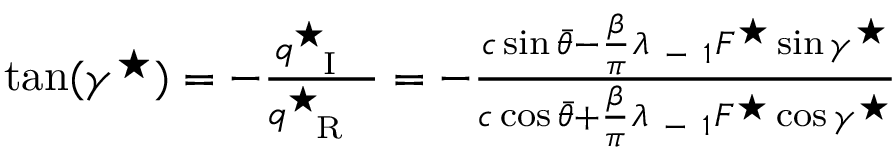
\begin{array} { r } { \tan ( \gamma ^ { \star } ) = - \frac { q _ { \mathrm { ~ { ~ I ~ } ~ } } ^ { \star } } { q _ { \mathrm { ~ { ~ R ~ } ~ } } ^ { \star } } = - \frac { c \sin \bar { \theta } - { \frac { \beta } { \pi } } \lambda _ { \mathrm { ~ - ~ } 1 } F ^ { \star } \sin \gamma ^ { \star } } { c \cos \bar { \theta } + { \frac { \beta } { \pi } } \lambda _ { \mathrm { ~ - ~ } 1 } F ^ { \star } \cos \gamma ^ { \star } } } \end{array}